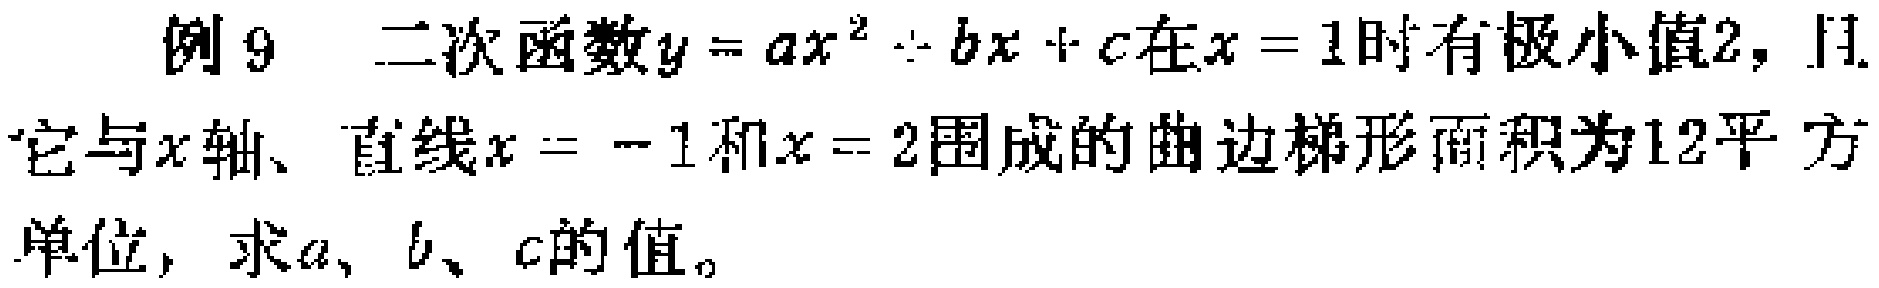
例9 二次函数\(y = ax^{2}+bx + c\)在\(x = 1\)时有极小值\(2\)，且它与\(x\)轴、直线\(x = - 1\)和\(x = 2\)围成的曲边梯形面积为\(12\)平方单位，求\(a\)、\(b\)、\(c\)的值。